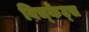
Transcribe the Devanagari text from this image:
विच्केट्स